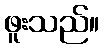
ဖူးသည်။